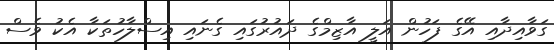
ގަވާއިދާއި އޭގެ ފަހުން އަލީ އާޒިމްގެ ދައުރުގައި ގެނައި އިސްލާހުތަކާ އެކު ވެސް